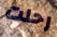
رحلت